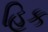
હિક